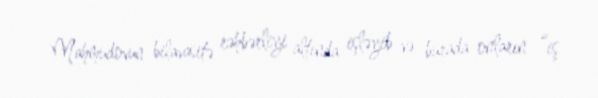
Mahmudovun bilavasitə rəhbərliyi altında işləyib və burada onların “iş